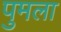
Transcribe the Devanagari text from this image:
पुमला